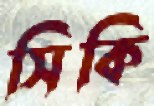
সিকি